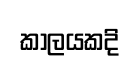
කාලයකදි